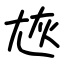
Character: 㞀